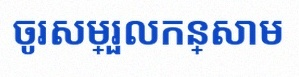
ចូរសម្រួលកន្សោម